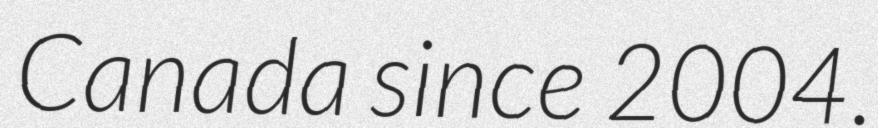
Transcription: Canada since 2004.